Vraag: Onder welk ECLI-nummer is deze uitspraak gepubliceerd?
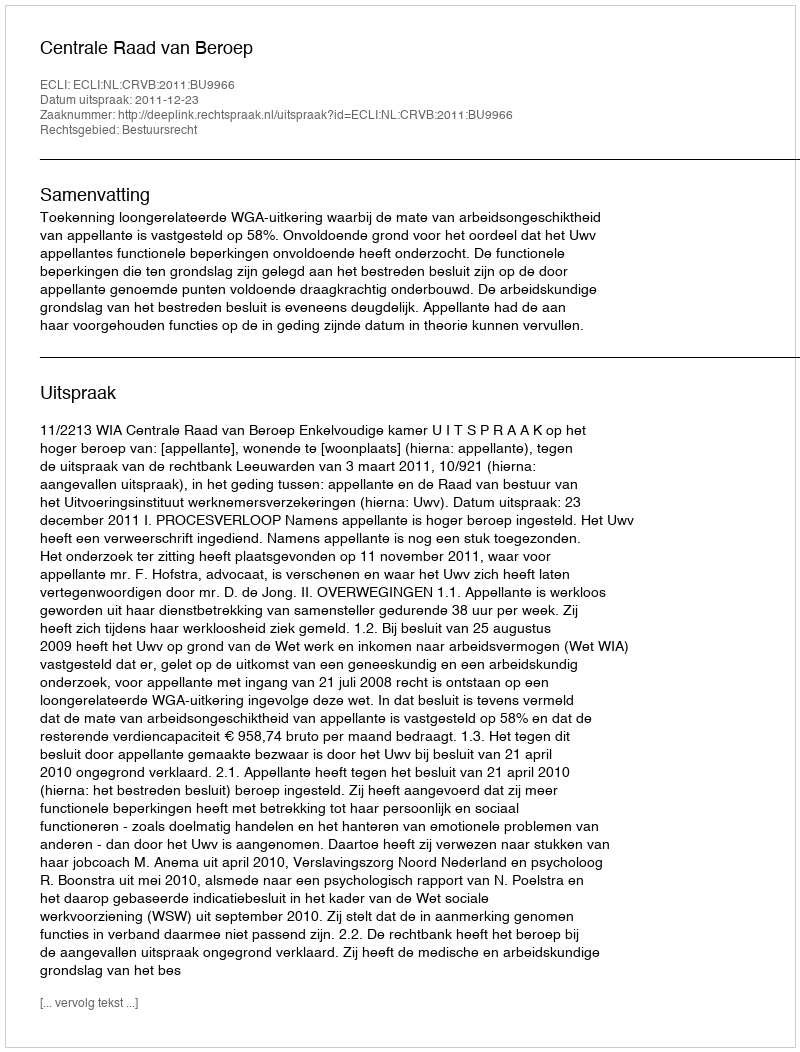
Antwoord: ECLI:NL:CRVB:2011:BU9966